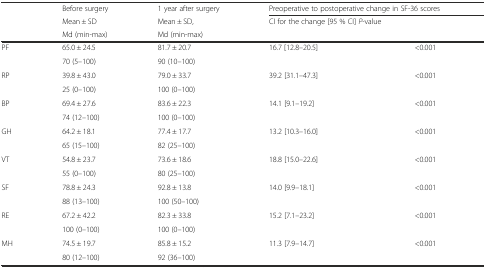
| <ROWSPAN=3>  | Before surgery | 1 year after surgery | <COLSPAN=2> Preoperative to postoperative change in SF-36 scores |
 | Mean ± SD | Mean ± SD, | <ROWSPAN=2-COLSPAN=2> CI for the change [95 % CI] P-value |
 | Md (min-max) | Md (min-max) |
 | --- | --- | --- | --- | --- |
 | <ROWSPAN=2> PF | 65.0 ± 24.5 | 81.7 ± 20.7 | <ROWSPAN=2> 16.7 [12.8–20.5] | <ROWSPAN=2> <0.001 |
 | 70 (5–100) | 90 (10–100) |
 | <ROWSPAN=2> RP | 39.8 ± 43.0 | 79.0 ± 33.7 | <ROWSPAN=2> 39.2 [31.1–47.3] | <ROWSPAN=2> <0.001 |
 | 25 (0–100) | 100 (0–100) |
 | <ROWSPAN=2> BP | 69.4 ± 27.6 | 83.6 ± 22.3 | <ROWSPAN=2> 14.1 [9.1–19.2] | <ROWSPAN=2> <0.001 |
 | 74 (12–100) | 100 (0–100) |
 | <ROWSPAN=2> GH | 64.2 ± 18.1 | 77.4 ± 17.7 | <ROWSPAN=2> 13.2 [10.3–16.0] | <ROWSPAN=2> <0.001 |
 | 65 (15–100) | 82 (25–100) |
 | <ROWSPAN=2> VT | 54.8 ± 23.7 | 73.6 ± 18.6 | <ROWSPAN=2> 18.8 [15.0–22.6] | <ROWSPAN=2> <0.001 |
 | 55 (0–100) | 80 (25–100) |
 | <ROWSPAN=2> SF | 78.8 ± 24.3 | 92.8 ± 13.8 | <ROWSPAN=2> 14.0 [9.9–18.1] | <ROWSPAN=2> <0.001 |
 | 88 (13–100) | 100 (50–100) |
 | <ROWSPAN=2> RE | 67.2 ± 42.2 | 82.3 ± 33.8 | <ROWSPAN=2> 15.2 [7.1–23.2] | <ROWSPAN=2> <0.001 |
 | 100 (0–100) | 100 (0–100) |
 | <ROWSPAN=2> MH | 74.5 ± 19.7 | 85.8 ± 15.2 | <ROWSPAN=2> 11.3 [7.9–14.7] | <ROWSPAN=2> <0.001 |
 | 80 (12–100) | 92 (36–100) |